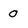
Character: 0